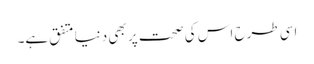
اسی طرح اس کی صحت پر بھی دنیا متفق ہے۔